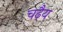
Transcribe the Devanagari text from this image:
चढ़ैय